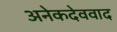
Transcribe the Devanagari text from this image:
अनेकदेववाद